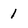
Character: 1